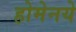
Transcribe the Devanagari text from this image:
होमेनये